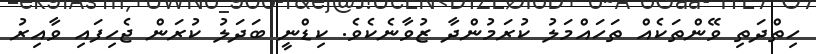
ހިތްދަތި ވޭންތަކެއް ތަހައްމަލު ކުރަމުންދާ ޒުވާނެކެވެ. ކިޑްނީ ބަދަލު ކުރަން ޖެހިފައި ވާއިރު